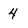
Character: 4